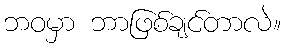
ဘဝမှာ ဘာဖြစ်ချင်တာလဲ။